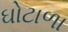
ઘોટાળા